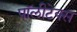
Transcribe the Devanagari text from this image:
पॉलीटेक्स